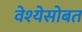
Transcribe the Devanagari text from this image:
वेश्येसोबत